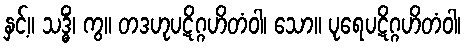
နှင့်။ သဒ္ဓိံ၊ ကွ။ တဒဟုပဋိဂ္ဂဟိတံဝါ၊ သော။ ပုရေပဋိဂ္ဂဟိတံဝါ၊